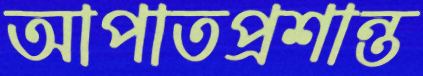
আপাতপ্রশান্ত